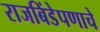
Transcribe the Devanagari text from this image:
राजबिंडेपणाचे